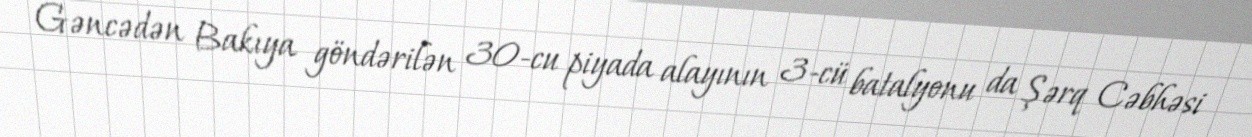
Gəncədən Bakıya göndərilən 30-cu piyada alayının 3-cü batalyonu da Şərq Cəbhəsi